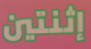
إثنتين